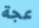
عجة